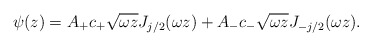
\begin{align*}\psi(z) = A_+ c_+\sqrt{\omega z} J_{j/2} (\omega z) + A_- c_-\sqrt{\omega z} J_{-j/2}(\omega z).\end{align*}